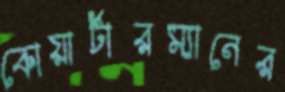
কোয়ার্টারম্যানের